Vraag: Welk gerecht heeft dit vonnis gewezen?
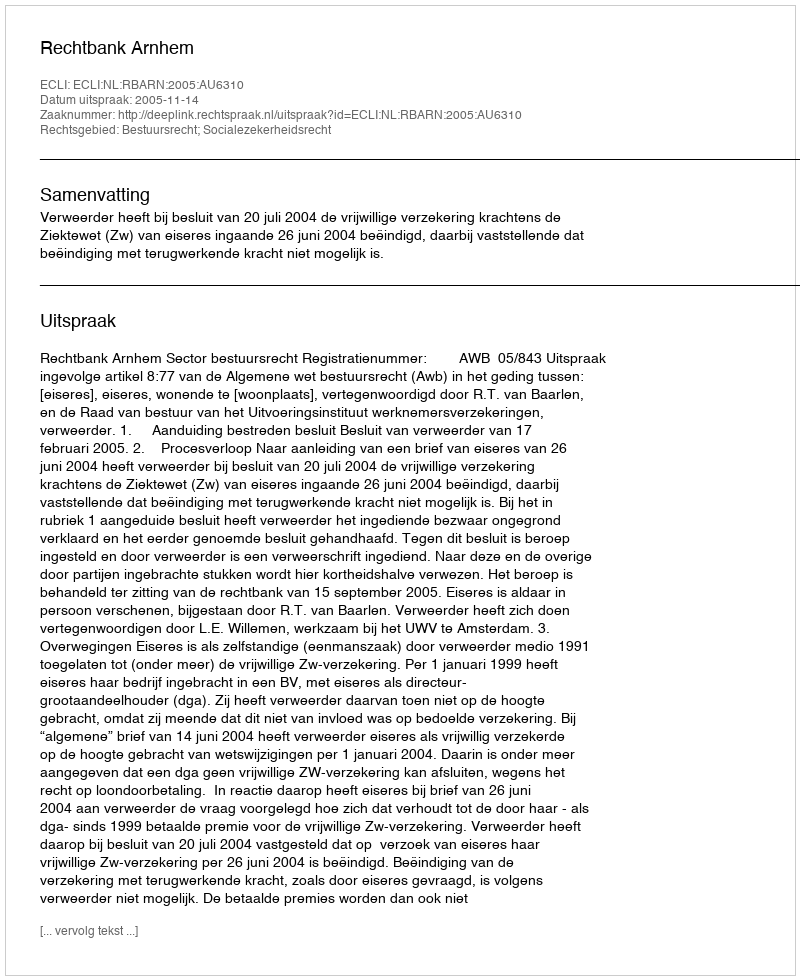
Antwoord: Rechtbank Arnhem